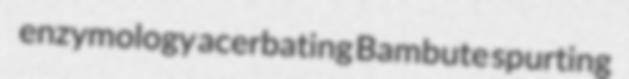
enzymology acerbating Bambute spurting